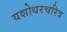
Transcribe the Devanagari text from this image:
यशोधरचरित्र